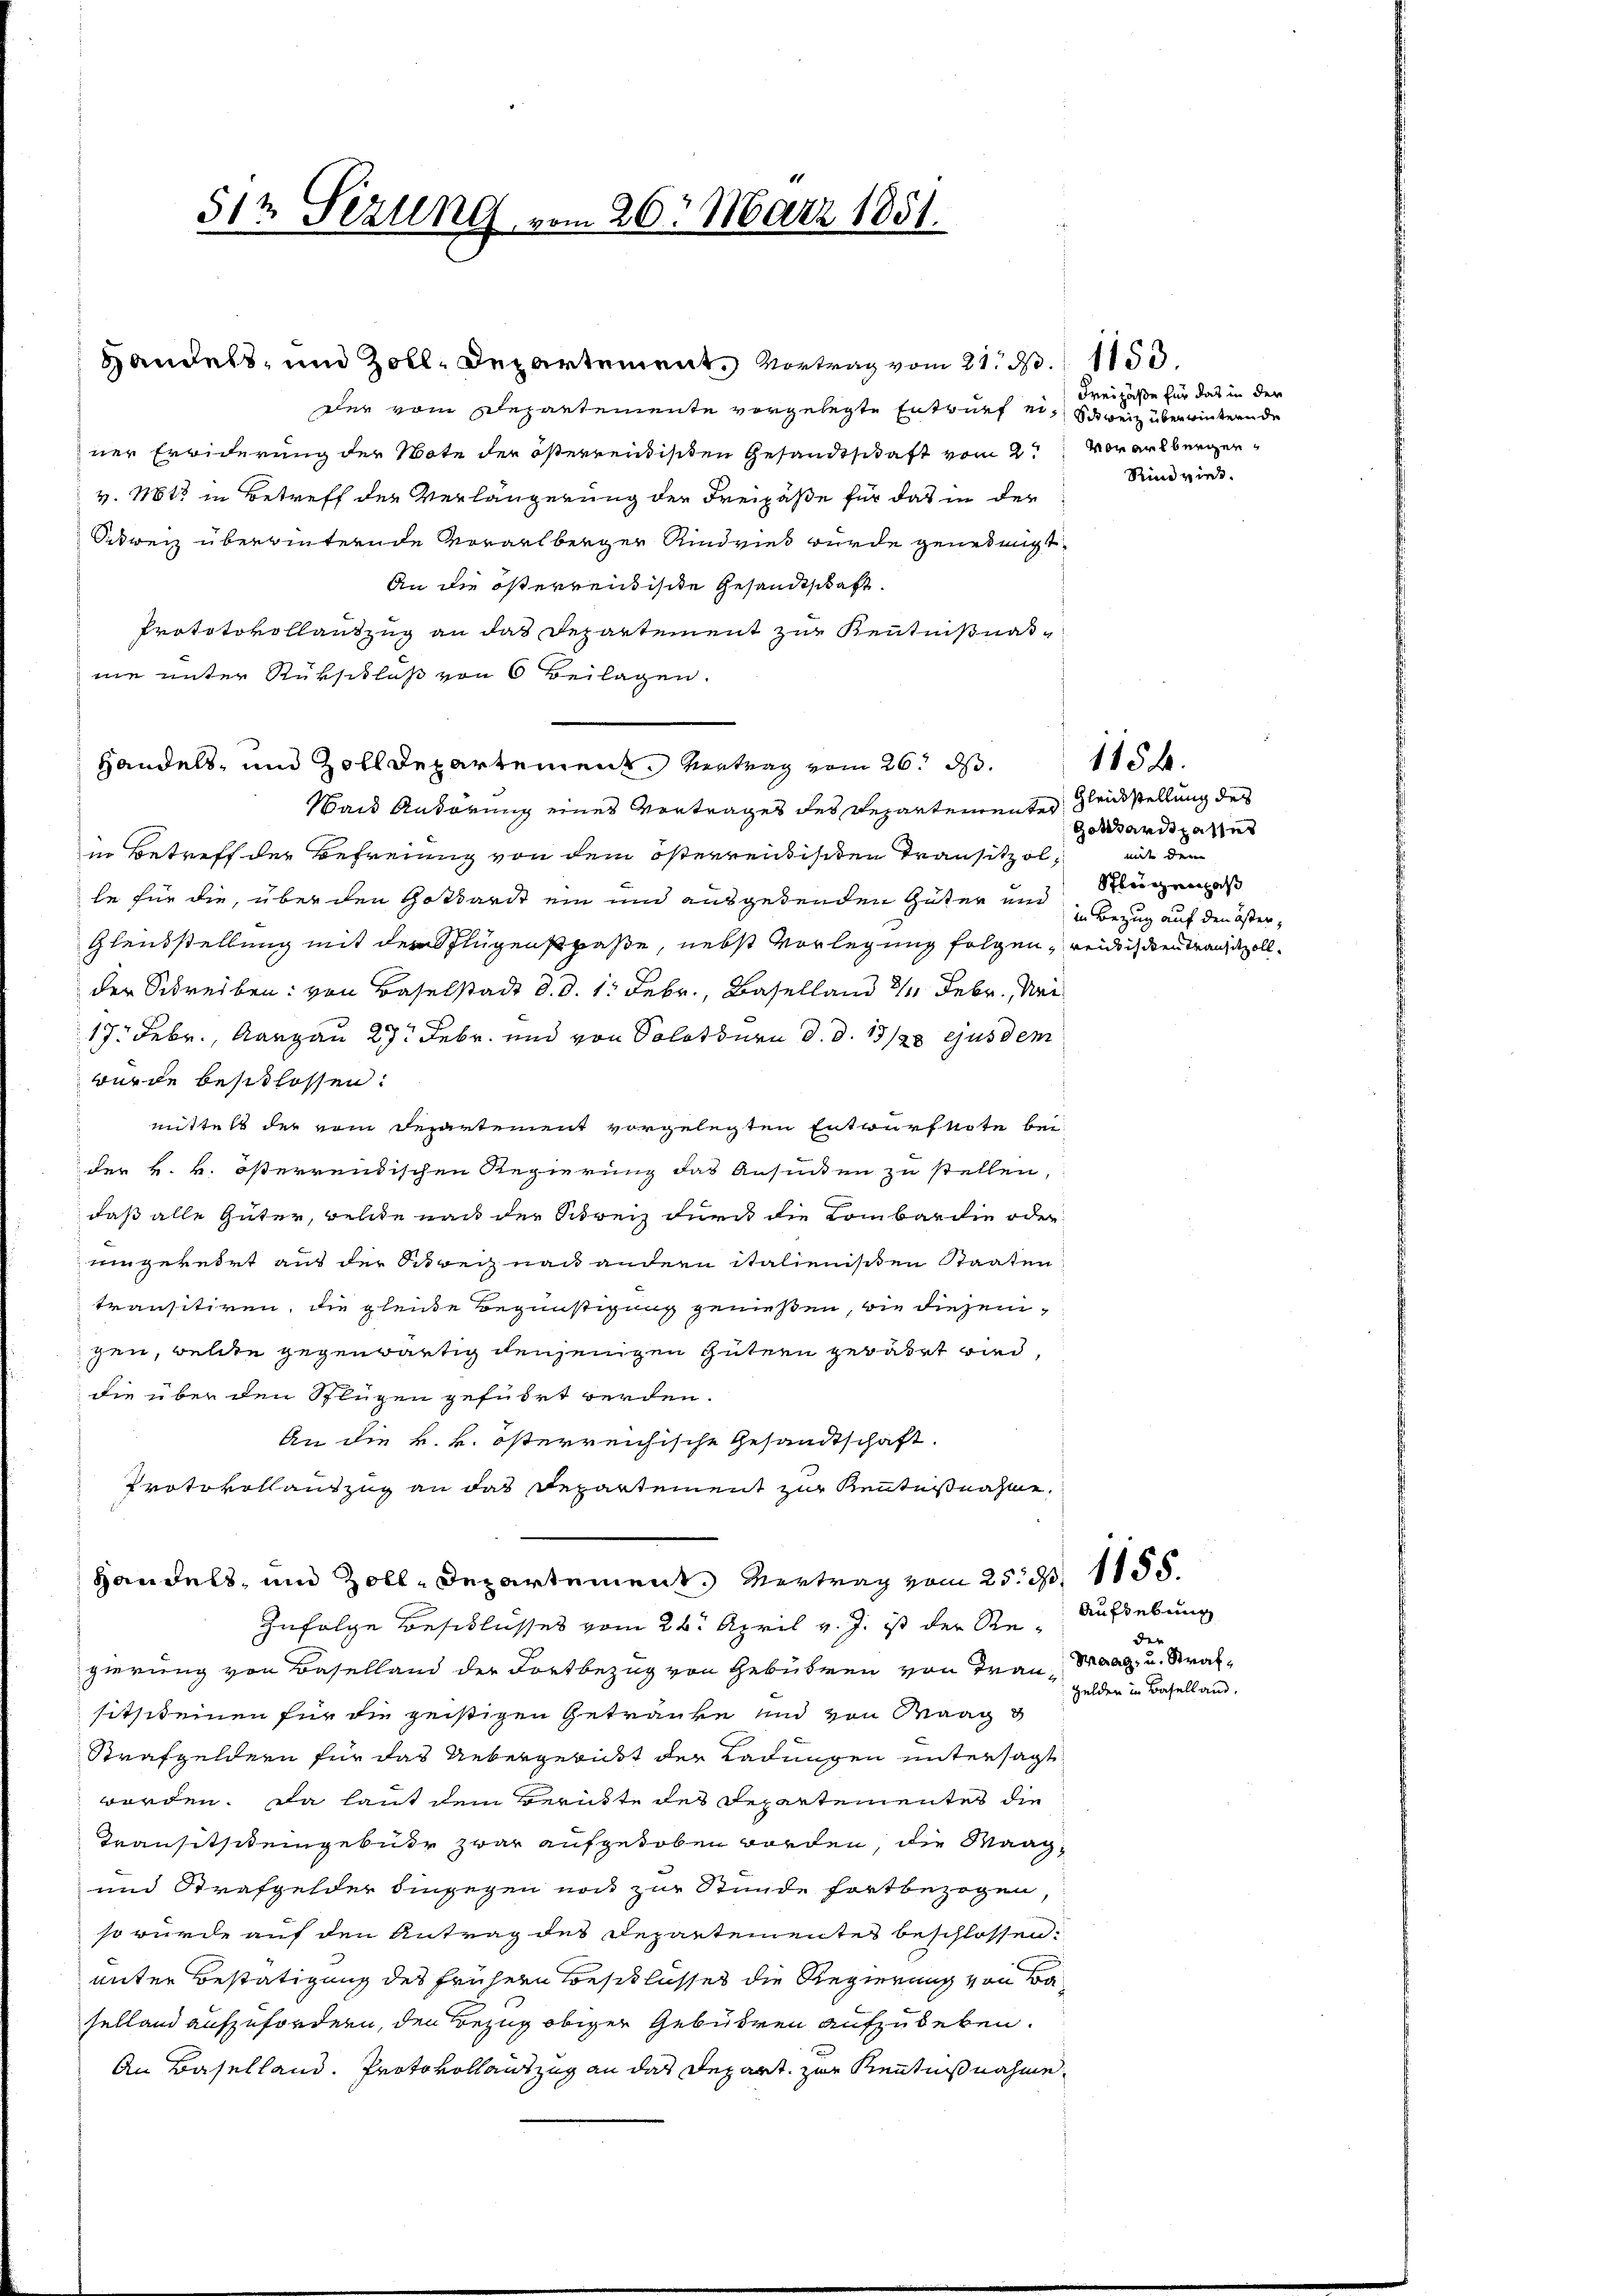
Handels- und Zoll, Departement. Vortrag vom 21. N. 1153.
Der vom Departemente vorgelegte Entwurf einstweil überwintern de
ner Erwiderung der Note der österrentischen Gesandtschaft vom 2. Vorarlbergerv. Mts in Betreff der Verlängerung der Freipäße für das in der
Sitweiz überwinternde Vorarlberger Rindvies wurde genehmigt.
An die österreidische Gesandtschaft.
Prototokollantzug an das Departement zur Kenntnißnaßnie unter Rükschluß von 6 Beilagen.
Handels- und Zolldepartement. Vertrag vom 26. ds.
Wand Anhörung eines Vortrages des Departementes Gleichstellung des
in Betreff der Befreiung von dem österreichischen Transitzolle für die, über den Gottarist ein und ausgedenden Güter und Bezug auf den öster¬
Glendstellung mit der Flugenstraße, nebst Vorlegung folgen, wendischen Tanzzollder Schreiben: von Baselstadt d. d. 1. Febr., Baselland 11 Febr., Nei
17. Febr., Aargau 27. Febr. und von Solothurn d. d. 13/20 ejusdem
wurde beschlossen:
mittels der vom Departement vorgelegten Entwurfkote bei
der k. k. österrendischen Regierung das Ansiden zu stellen,
daß alle Güter, welche nach der Schweiz durch die Kombardie oder
eingekehrt aus der Schweiz nach andern italienissen Staaten
transitiren, die gleiche Begünstigung genießen, wie diesem
gen, welche gegenwärtig denjenigen Gütern gewährt wird,
die über den Flügen geführt werden.
An die k. k. österreichische Gesandtschaft.
Protokollauszug an das Departement zur Kenntnißnahme,
Handels- und Zoll-Departement. Vertrag vom 25. d. 1185.
Zufolge Beschlusses vom 26. April v. J. ist der Re-
gierung von Baselland der Fortbezug von Gebühren von Frau Maag, u. Strafsitsikeinen für die geistigen Getränke und von Maag d
Strafgeldern für das Uebergebüßt der Ladungen untersagt
worden. Da laut dem Berükte des Departementes die
Transitsik eingebühr zwar aufgehoben worden, die Maag¬
und Strafgelder eingegen noch zur Stunde fortbezogen,
so würde auf den Antrag des Departementes beschlossen:
unter Bestätigung des frühern Beschlusses die Regierung von Baselland aufzufordern, den Bezug obiger Gebühren aufzuheben.
An Baselland. Protokollauszug an das Depart zur Kenntnißnahme.

512 Sezung vom 26. März 1851.

Freizäße für das in der
Rindviel.

Gothardspasses
miit den |
Schlützenhas

1154.

Aufhebung
die
Gelden in Baselland.